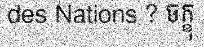
des Nations ? ចក្ខុ